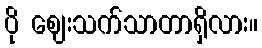
ပို ဈေးသက်သာတာရှိလား။